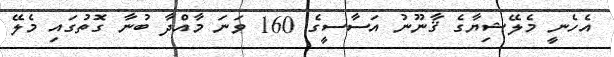
އެހެނީ މެލޭޝިޔާގެ ޤާނޫނު އަސާސީގެ 160 ވަނަ މާއްދާ ބުނާ ގޮތުގައި މެލޭ